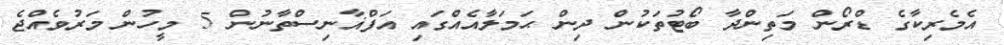
އެމެރިކާގެ ޑްރޯން މަތިންދާ ބޯޓުތަކުން ދިން ޙަމަލާއެއްގައި އަފްޣާނިސްތާނުން 5 މީހުން މަރުވެއްޖެ